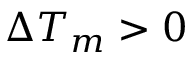
\Delta T _ { m } > 0